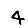
Digit: 4